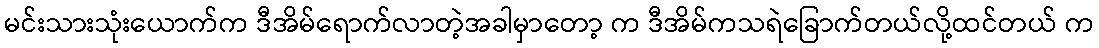
မင်းသားသုံးယောက်က ဒီအိမ်ရောက်လာတဲ့အခါမှာတော့ က ဒီအိမ်ကသရဲခြောက်တယ်လို့ထင်တယ် က